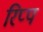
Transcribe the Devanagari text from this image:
रिप्प